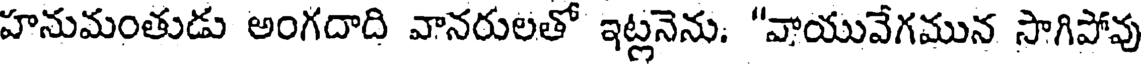
హనుమంతుడు అంగదాది వానరులతో ఇట్లనెను. "వాయువేగమున సాగిపోవు